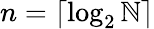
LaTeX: n=\lceil\log_{2}\mathbb{N}\rceil